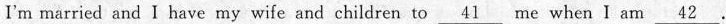
I'm married and I have my wife and children to \underline{41} me when I am \underline{42} .